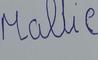
Signature authenticity: forged